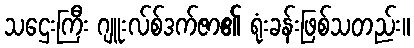
သဌေးကြီး ဂျူးလ်စ်ဒက်ဇာ၏ ရုံးခန်းဖြစ်သတည်း။